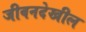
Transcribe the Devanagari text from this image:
जीवनदेखील